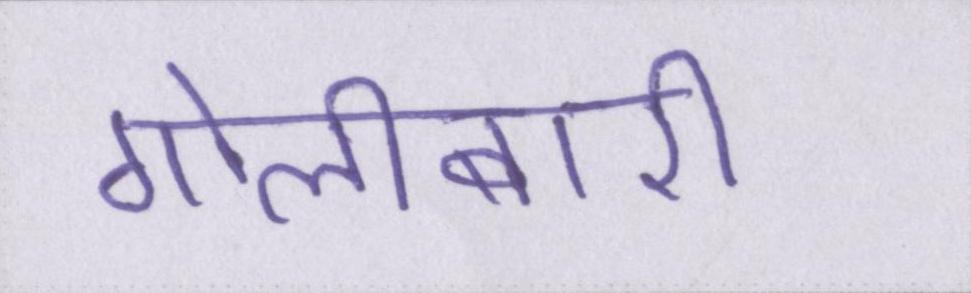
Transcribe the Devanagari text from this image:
गोलीबारी